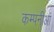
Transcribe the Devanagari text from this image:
कम्पनीआं